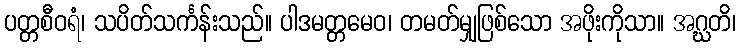
ပတ္တစီဝရံ၊ သပိတ်သင်္ကန်းသည်။ ပါဒမတ္တမေဝ၊ တမတ်မျှဖြစ်သော အဖိုးကိုသာ။ အဂ္ဃတိ၊